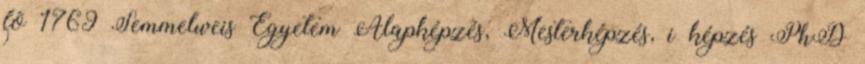
fõ 1769 Semmelweis Egyetem Alapképzés, Mesterképzés, i képzés PhD